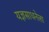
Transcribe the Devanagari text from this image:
यज्ञसाधनेला